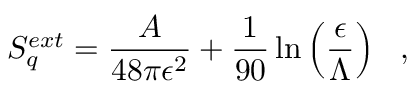
S _ { q } ^ { e x t } = { \frac { A } { 4 8 \pi \epsilon ^ { 2 } } } + { \frac { 1 } { 9 0 } } \ln \left( \frac { \epsilon } { \Lambda } \right) ~ ~ ,